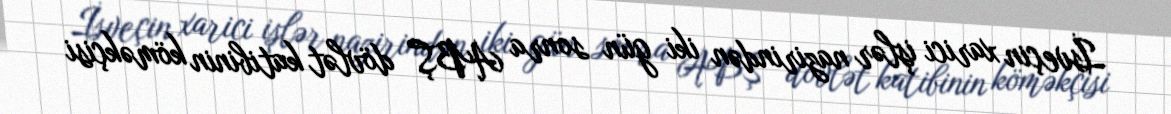
İsveçin xarici işlər nazirindən iki gün sonra ABŞ dövlət katibinin köməkçisi